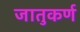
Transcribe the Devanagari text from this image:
जातुकर्ण